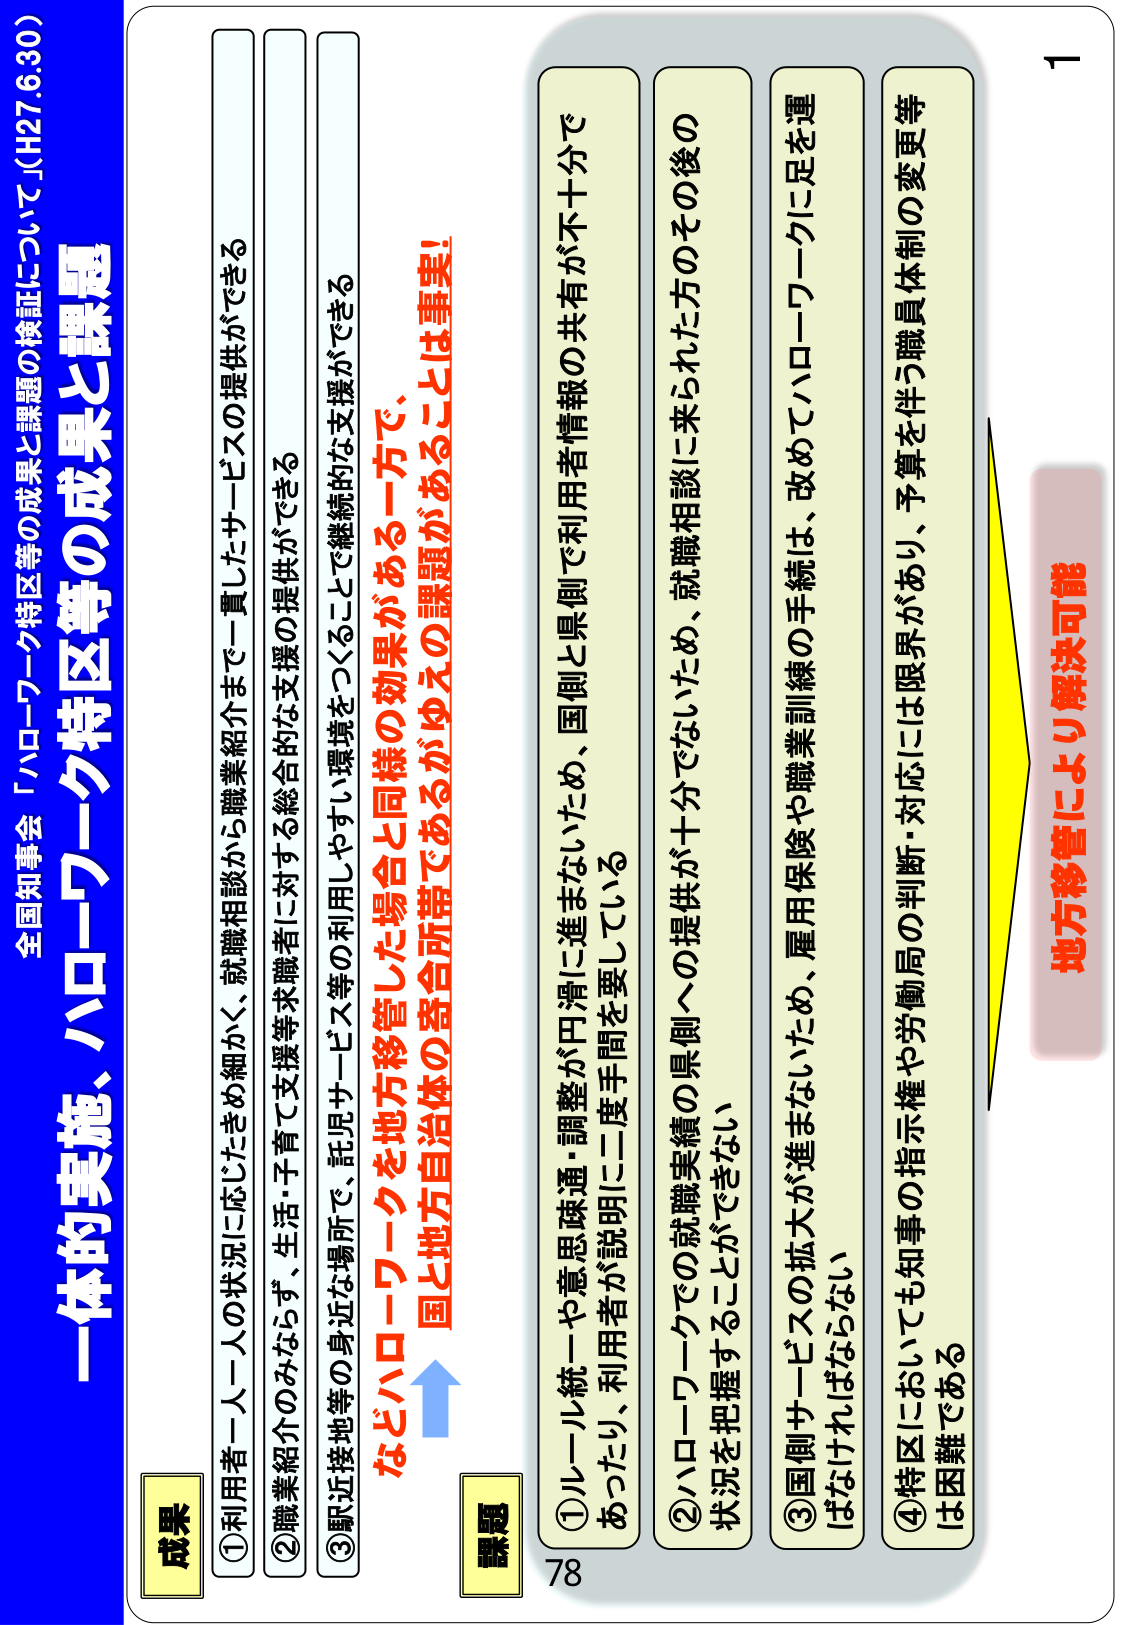
全国知事会「ハローワーク特区等の成果と課題の検証について」(H27.6.30)

一体的実施、ハローワーク特区等の成果と課題

成果
①利用者一人一人の状況に応じたきめ細かく、就職相談から職業紹介まで一貫したサービスの提供ができる
②職業紹介のみならず、生活・子育て支援等求職者に対する総合的な支援の提供ができる
③駅近接地等の身近な場所で、託児サービス等の利用しやすい環境をつくることで継続的な支援ができる

課題
①ルール統一や意思疎通・調整が円滑に進まないため、国側と県側で利用者情報の共有が不十分であったり、利用者が説明に二度手間を要している
②ハローワークでの就職実績の県側への提供が十分でないため、就職相談に来られた方のその後の状況を把握することができない
③国側サービスの拡大が進まないため、雇用保険や職業訓練の手続は、改めてハローワークに足を運ばなければならない
④特区においても知事の指示権や労働局の判断・対応には限界があり、予算を伴う職員体制の変更等は困難である

などハローワークを地方移管した場合と同様の効果がある一方で、
国と地方自治体の寄合所帯であるがゆえの課題があることは事実！

地方移管により解決可能

1
78